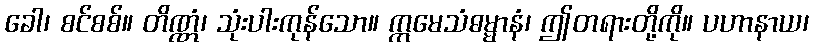
ခေါ၊ စင်စစ်။ တိဏ္ဏံ၊ သုံးပါးကုန်သော။ ဣမေသံဓမ္မာနံ၊ ဤတရားတို့ကို။ ပဟာနာယ၊